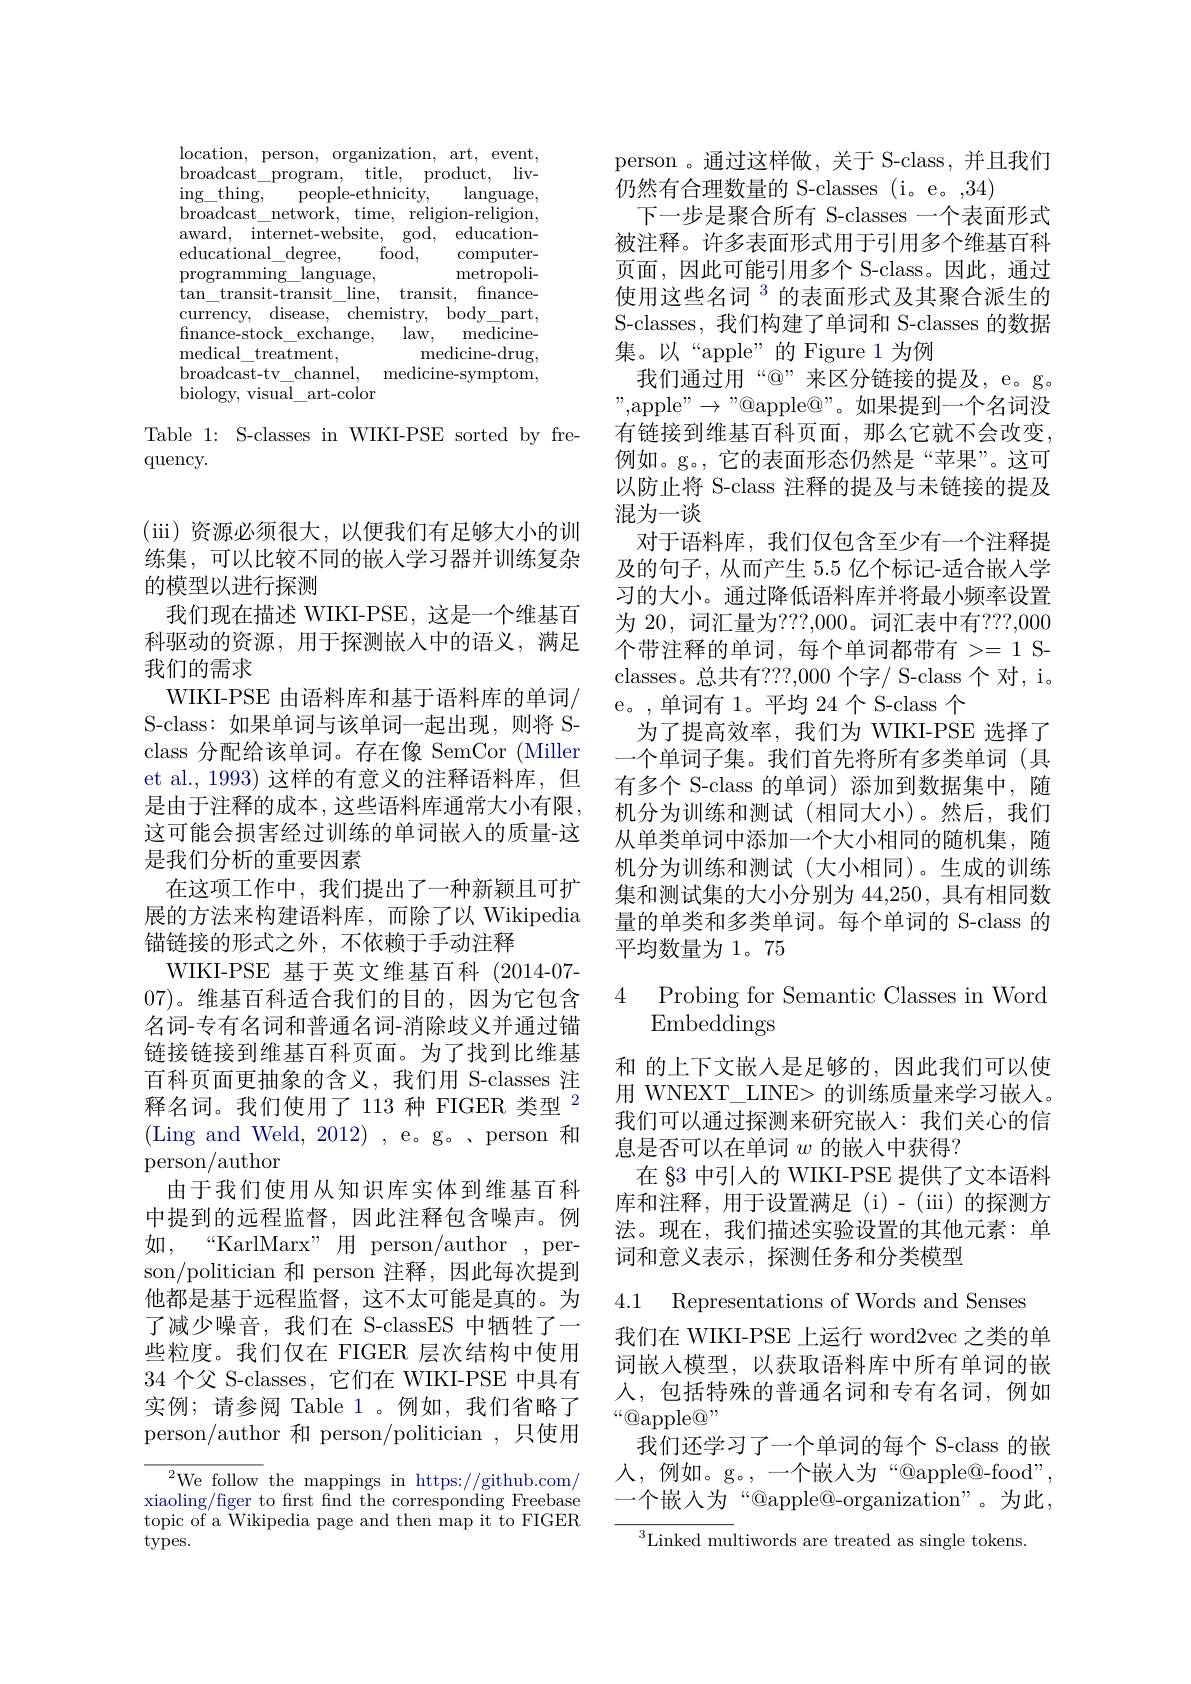
$\operatorname*{location,}$person,organization,art,event, broadcast$\_$program, title, product, liv- $\operatorname{ing\_thing,}$people-ethnicity,$\operatorname{language}$, $\bar{\mathrm{broadcast}} \_ \bar{\mathrm{network}} $, time, religion-religion, ${\mathrm{award,}}{{\mathrm{internet-website,}}}{\mathrm{god,}}{{\mathrm{education-}}}$
${\mathrm{food}}$,
educational\_degree,
$\operatorname{computer-}$ ${\mathrm{metropoli-}}$
$\operatorname{programming}\_\operatorname{language}$,
$\tan\_$transit-transit\_line, transit, fnancecurrency, disease, chemistry, body\_part, $\mathop{\mathrm{fnance-stock}}\_\underline{\mathrm{exchange}}$,
${\mathrm{law, }}$ ${\mathrm{medicine- }}$
medical$\_$treatment,
${\mathrm{medicine-drug}}$,
broadcast- tv$\_ \underline {\mathrm{channel}}$,
${\mathrm{medicine-symptom}}$,
biology, visual\_art-color

Table 1: S-classes in WIKI-PSE sorted by fre-
quency.

(iii)资源必须很大，以便我们有足够大小的训练集，可以比较不同的嵌入学习器并训练复杂的模型以进行探测
我们现在描述 WIKI-PSE, 这是一个维基百科驱动的资源，用于探测嵌入中的语义，满足我们的需求
WIKI-PSE 由语料库和基于语料库的单词/ S-class: 如果单词与该单词一起出现，则将 Sclass 分配给该单词。存在像 SemCor (Miller et al., 1993) 这样的有意义的注释语料库，但是由于注释的成本，这些语料库通常大小有限， 这可能会损害经过训练的单词嵌入的质量-这是我们分析的重要因素
在这项工作中，我们提出了一种新颖且可扩展的方法来构建语料库，而除了以 Wikipedia 锚链接的形式之外，不依赖于手动注释
WIKI-PSE 基于英文维基百科(2014-07- 07)。维基百科适合我们的目的，因为它包含名词-专有名词和普通名词-消除歧义并通过锚链接链接到维基百科页面。为了找到比维基百科页面更抽象的含义，我们用 S-classes 注释名词。我们使用了113种 FIGER 类型$^{2}$ (Ling and Weld, 2012), e。g。、person 和person/author
由于我们使用从知识库实体到维基百科中提到的远程监督，因此注释包含噪声。例如，“KarlMarx”用 person/author , person/politician 和 person 注释，因此每次提到他都是基于远程监督，这不太可能是真的。为了减少噪音，我们在 S-classES 中牺牲了一些粒度。我们仅在 FIGER 层次结构中使用34 个父 S-classes, 它们在 WIKI-PSE 中具有实例；请参阅 Table 1。例如，我们省略了person/author 和 person/politician ,只使用
$\mathrm{~}^{2}$We follow the mappings in https://github.com/

xiaoling/figer to first find the corresponding Freebase topic of a Wikipedia page and then map it to FIGER types.

person 。通过这样做，关于 S-class,并且我们
仍然有合理数量的 S-classes (i。e。,34)
下一步是聚合所有 S-classes 一个表面形式被注释。许多表面形式用于引用多个维基百科页面，因此可能引用多个 S-class。因此，通过使用这些名词$^{3}$的表面形式及其聚合派生的S-classes, 我们构建了单词和 S-classes 的数据集。以“apple”的Figure 1为例
我们通过用“@”来区分链接的提及，e。g。" , apple" $\to$" @ apple@ " 。如 果 提 到 一 个 名 词 没 有链接到维基百科页面，那么它就不会改变， 例如。g。,它的表面形态仍然是“苹果”。这可以防止将 S-class 注释的提及与未链接的提及混为一谈
对于语料库，我们仅包含至少有一个注释提及的句子，从而产生 5.5 亿个标记-适合嵌入学习的大小。通过降低语料库并将最小频率设置为 20, 词汇量为？??,000。词汇表中有？??,000个带注释的单词，每个单词都带有 >= 1 Sclasses。总共有？??,000 个字/ S-class 个 对，i。e。,单词有 1。平均 24 个 S-class 个
为了提高效率，我们为 WIKI-PSE 选择了一个单词子集。我们首先将所有多类单词(具有多个 S-class 的单词) 添加到数据集中，随机分为训练和测试(相同大小)。然后，我们从单类单词中添加一个大小相同的随机集，随机分为训练和测试(大小相同)。生成的训练集和测试集的大小分别为 44,250, 具有相同数量的单类和多类单词。每个单词的 S-class 的平均数量为 1。75

### 4 Probing for Semantic Classes in Word Embed$\tilde{d}$ings

和 的上下文嵌入是足够的，因此我们可以使用 WNEXT\_LINE> 的训练质量来学习嵌入。我们可以通过探测来研究嵌入：我们关心的信息是否可以在单词$w$的嵌入中获得？
在 §3 中引入的 WIKI-PSE 提供了文本语料库和注释，用于设置满足(i)-(iii)的探测方法。现在，我们描述实验设置的其他元素：单词和意义表示，探测任务和分类模型

4.1 Representations of Words and Senses
我们在 WIKI-PSE 上运行 word2vec 之类的单词嵌入模型，以获取语料库中所有单词的嵌入，包括特殊的普通名词和专有名词，例如$“\textcircled{\mathrm{apple@}}”$
我们还学习了一个单词的每个 S-class 的嵌入，例如。g。,一个嵌人为“@apple@-food", 一个嵌入为“@apple@-organization”。为此，
$^3$Linked multiwords are treated as single tokens.